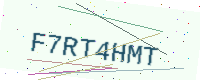
Text: F7RT4HMT